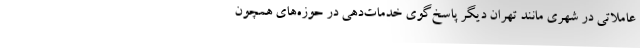
عاملاتی در شهری مانند تهران دیگر پاسخ‌گوی خدمات‌دهی در حوزه‌های همچون